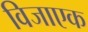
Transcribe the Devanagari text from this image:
विजाएक